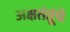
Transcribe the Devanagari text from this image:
अक्षतंतूंचे